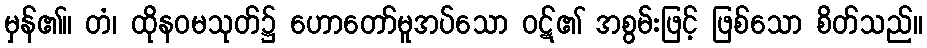
မှန်၏။ တံ၊ ထိုနဝမသုတ်၌ ဟောတော်မူအပ်သော ဝဋ်၏ အစွမ်းဖြင့် ဖြစ်သော စိတ်သည်။